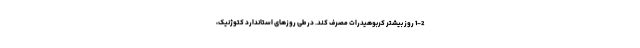
1-2 روز بیشتر کربوهیدرات مصرف کند. در طی روزهای استاندارد کتوژنیک،